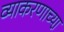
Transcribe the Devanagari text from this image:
व्याकरणाच्या़